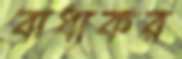
বাধ্যকর